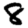
Digit: 8